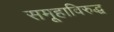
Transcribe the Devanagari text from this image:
समूहाविरुद्ध